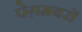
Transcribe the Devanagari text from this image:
पेग़मबरों